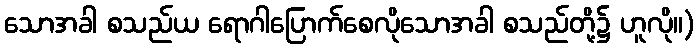
သောအခါ စသည်ယ ရောဂါပြောက်စေလိုသောအခါ စသည်တို့၌ ဟူလို။)